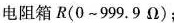
电阻箱R(0~999. 9\Omega)；